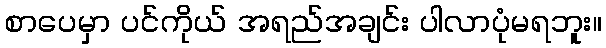
စာပေမှာ ပင်ကိုယ် အရည်အချင်း ပါလာပုံမရဘူး။